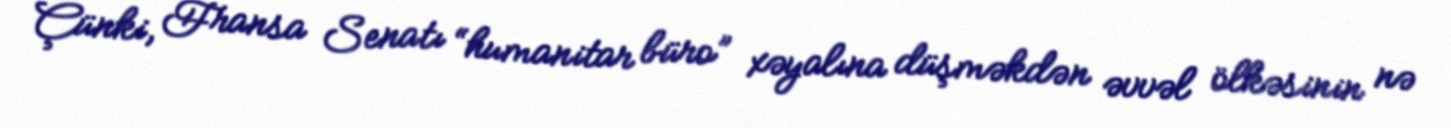
Çünki, Fransa Senatı “humanitar büro” xəyalına düşməkdən əvvəl ölkəsinin nə